Problem: 48 + 31 = ?
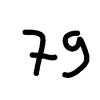
Handwritten answer: 79